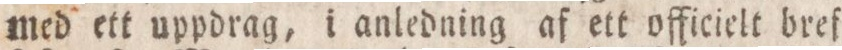
med ett uppdrag, i anledning af ett officielt bref